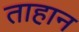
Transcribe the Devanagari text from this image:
ताहान